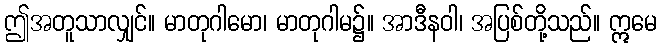
ဤအတူသာလျှင်။ မာတုဂါမော၊ မာတုဂါမ၌။ အာဒီနဝါ၊ အပြစ်တို့သည်။ ဣမေ